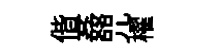
偕姦咒櫂